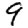
Digit: 9